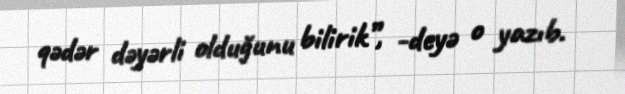
qədər dəyərli olduğunu bilirik”, -deyə o yazıb.